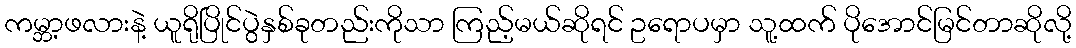
ကမ္ဘာ့ဖလားနဲ့ ယူရိုပြိုင်ပွဲနှစ်ခုတည်းကိုသာ ကြည့်မယ်ဆိုရင် ဥရောပမှာ သူ့ထက် ပိုအောင်မြင်တာဆိုလို့